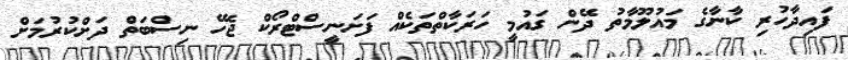
ފައިދާހުރި ކާނާގެ މައުލޫމާތު ދޭން ގައުމީ ހަރަކާތްތަކެއް ފަށަނީސްޓްރޯކް ޖެހޭ ނިސްބަތް ދަށްކުރުމަށް